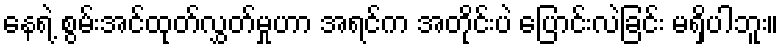
နေရဲ့ စွမ်းအင်ထုတ်လွှတ်မှုဟာ အရင်က အတိုင်းပဲ ပြောင်းလဲခြင်း မရှိပါဘူး။